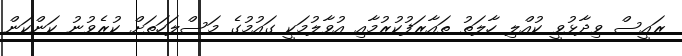
ރައީސް ވިދާޅުވީ ކުއްލި ހާލަތު ތައާރަފުކުރުމާއި އުވާލުމަކީ ގައުމުގެ މަސްލަހަތަށް ކުރެވުނު ކަންކަން